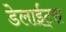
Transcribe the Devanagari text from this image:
डेलाईट्स